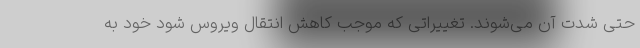
حتی شدت آن می‌شوند. تغییراتی که موجب کاهش انتقال ویروس شود خود به